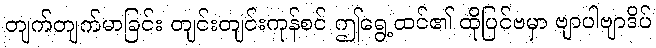
တျက်တျက်မာခြင်း တျင်းတျင်းကုန်စင် ဤရွေ့ထင်၏ ထိုပြင်ဗမှာ ဗျာပါဗျာဒိပ်